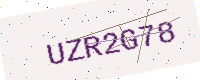
Text: UZR2G78